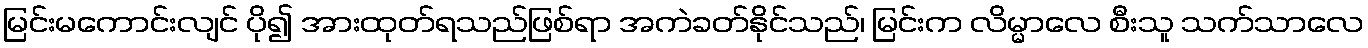
မြင်းမကောင်းလျင် ပို၍ အားထုတ်ရသည်ဖြစ်ရာ အကဲခတ်နိုင်သည်၊ မြင်းက လိမ္မာလေ စီးသူ သက်သာလေ